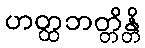
ဟတ္ထဘတ္တိန္တိ